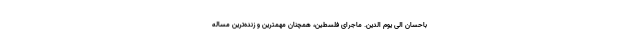
باحسان الی یوم الدّین. ماجرای فلسطین، همچنان مهمترین و زنده‌ترین مساله